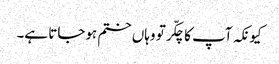
کیونکہ آپ کا چکّر تو وہاں ختم ہوجاتا ہے۔